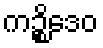
ကဉ္စိဒေဝ